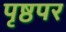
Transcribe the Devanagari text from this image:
पृष्ठपर